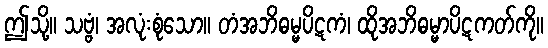
ဤသို့။ သဗ္ဗံ၊ အလုံးစုံသော။ တံအဘိဓမ္မပိဋကံ၊ ထိုအဘိဓမ္မာပိဋကတ်ကို။